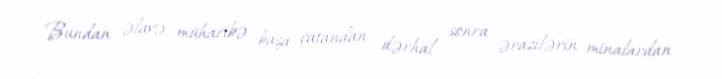
Bundan əlavə, müharibə başa çatandan dərhal sonra ərazilərin minalardan